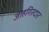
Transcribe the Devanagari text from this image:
जाहगिरदार